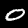
Label: 0